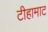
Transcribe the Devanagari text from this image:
टीहामाट